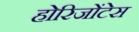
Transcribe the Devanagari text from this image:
होरिजोंटेस